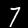
Label: 7